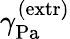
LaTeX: \gamma_{\mathrm{{Pa}}}^{\mathrm{{(extr)}}}